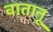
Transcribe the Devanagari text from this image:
वातानू